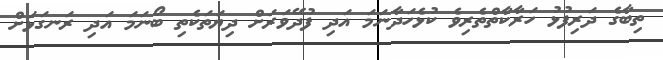
ތިބާގެ ދަރިފުޅު ހަރާކާތްތެރިވެ ކުޅެހަދާނަމަ އަދި ފުދޭވަރަށް ދިޔަތަކެތި ބޯނަމަ އަދި ރަނގަޅަށް